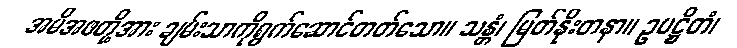
အမိအဖတို့အား ချမ်းသာကိုရွက်ဆောင်တတ်သော။ သန္တံ၊ မြတ်နိုးတနာ။ ဥပဋ္ဌိတံ၊